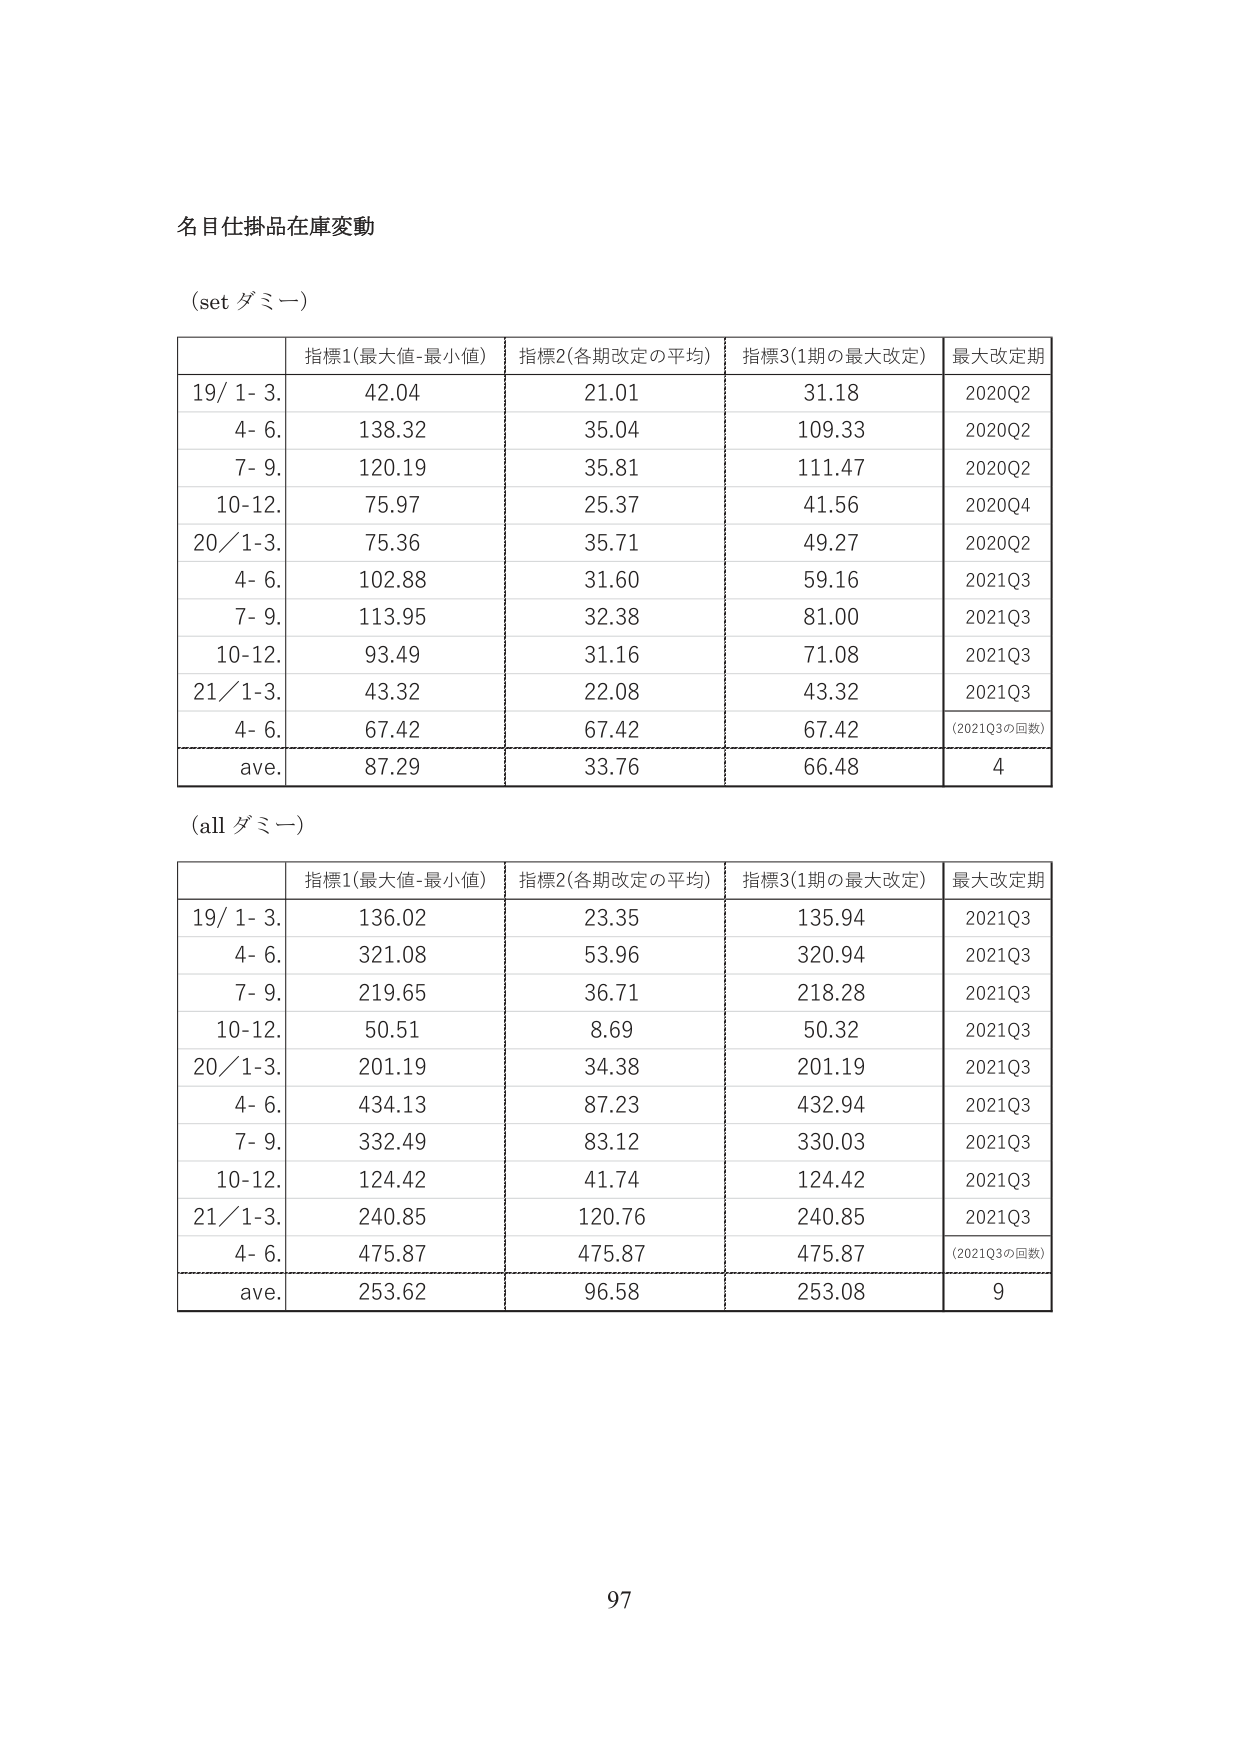
名目仕掛品在庫変動

(set ダミー)

指標1(最大値-最小値) 指標2(各期改定の平均) 指標3(1期の最大改定) 最大改定期
19/ 1- 3. 42.04 21.01 31.18 2020Q2
4- 6. 138.32 35.04 109.33 2020Q2
7- 9. 120.19 35.81 111.47 2020Q2
10-12. 75.97 25.37 41.56 2020Q4
20/ 1-3. 75.36 35.71 49.27 2020Q2
4- 6. 102.88 31.60 59.16 2021Q3
7- 9. 113.95 32.38 81.00 2021Q3
10-12. 93.49 31.16 71.08 2021Q3
21/ 1-3. 43.32 22.08 43.32 2021Q3
4- 6. 67.42 67.42 67.42 (2021Q3の回数)
ave. 87.29 33.76 66.48 4

(all ダミー)

指標1(最大値-最小値) 指標2(各期改定の平均) 指標3(1期の最大改定) 最大改定期
19/ 1- 3. 136.02 23.35 135.94 2021Q3
4- 6. 321.08 53.96 320.94 2021Q3
7- 9. 219.65 36.71 218.28 2021Q3
10-12. 50.51 8.69 50.32 2021Q3
20/ 1-3. 201.19 34.38 201.19 2021Q3
4- 6. 434.13 87.23 432.94 2021Q3
7- 9. 332.49 83.12 330.03 2021Q3
10-12. 124.42 41.74 124.42 2021Q3
21/ 1-3. 240.85 120.76 240.85 2021Q3
4- 6. 475.87 475.87 475.87 (2021Q3の回数)
ave. 253.62 96.58 253.08 9

97